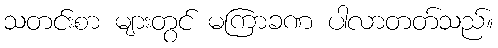
သတင်းစာ များတွင် မကြာခဏ ပါလာတတ်သည်။